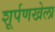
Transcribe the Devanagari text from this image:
शूर्पणखेला